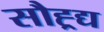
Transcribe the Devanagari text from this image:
सौह्र्द्य